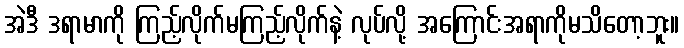
အဲဒီ ဒရာမာကို ကြည့်လိုက်မကြည့်လိုက်နဲ့ လုပ်လို့ အကြောင်းအရာကိုမသိတော့ဘူး။